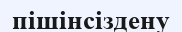
пішінсіздену